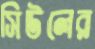
সিউলের